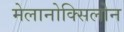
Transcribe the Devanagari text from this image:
मेलानोक्सिलोन